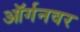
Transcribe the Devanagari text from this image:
ऑर्गनवर